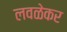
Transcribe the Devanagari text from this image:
लवळेकर